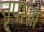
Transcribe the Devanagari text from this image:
नृपाणां